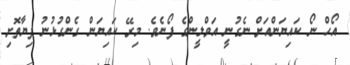
އޯހް ނޯ ކައިޔަންއަށް ނެގުނީ އަވްލީންގެ ފޯނެވެ. މިރޭ ކައިޔަން ގެންގުޅުނު ފިޔާތޮށި